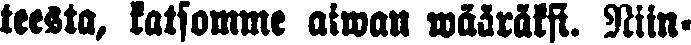
teestä, katsomme aiwan wääräksi. Niin-